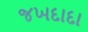
જખદાદા